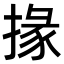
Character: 掾